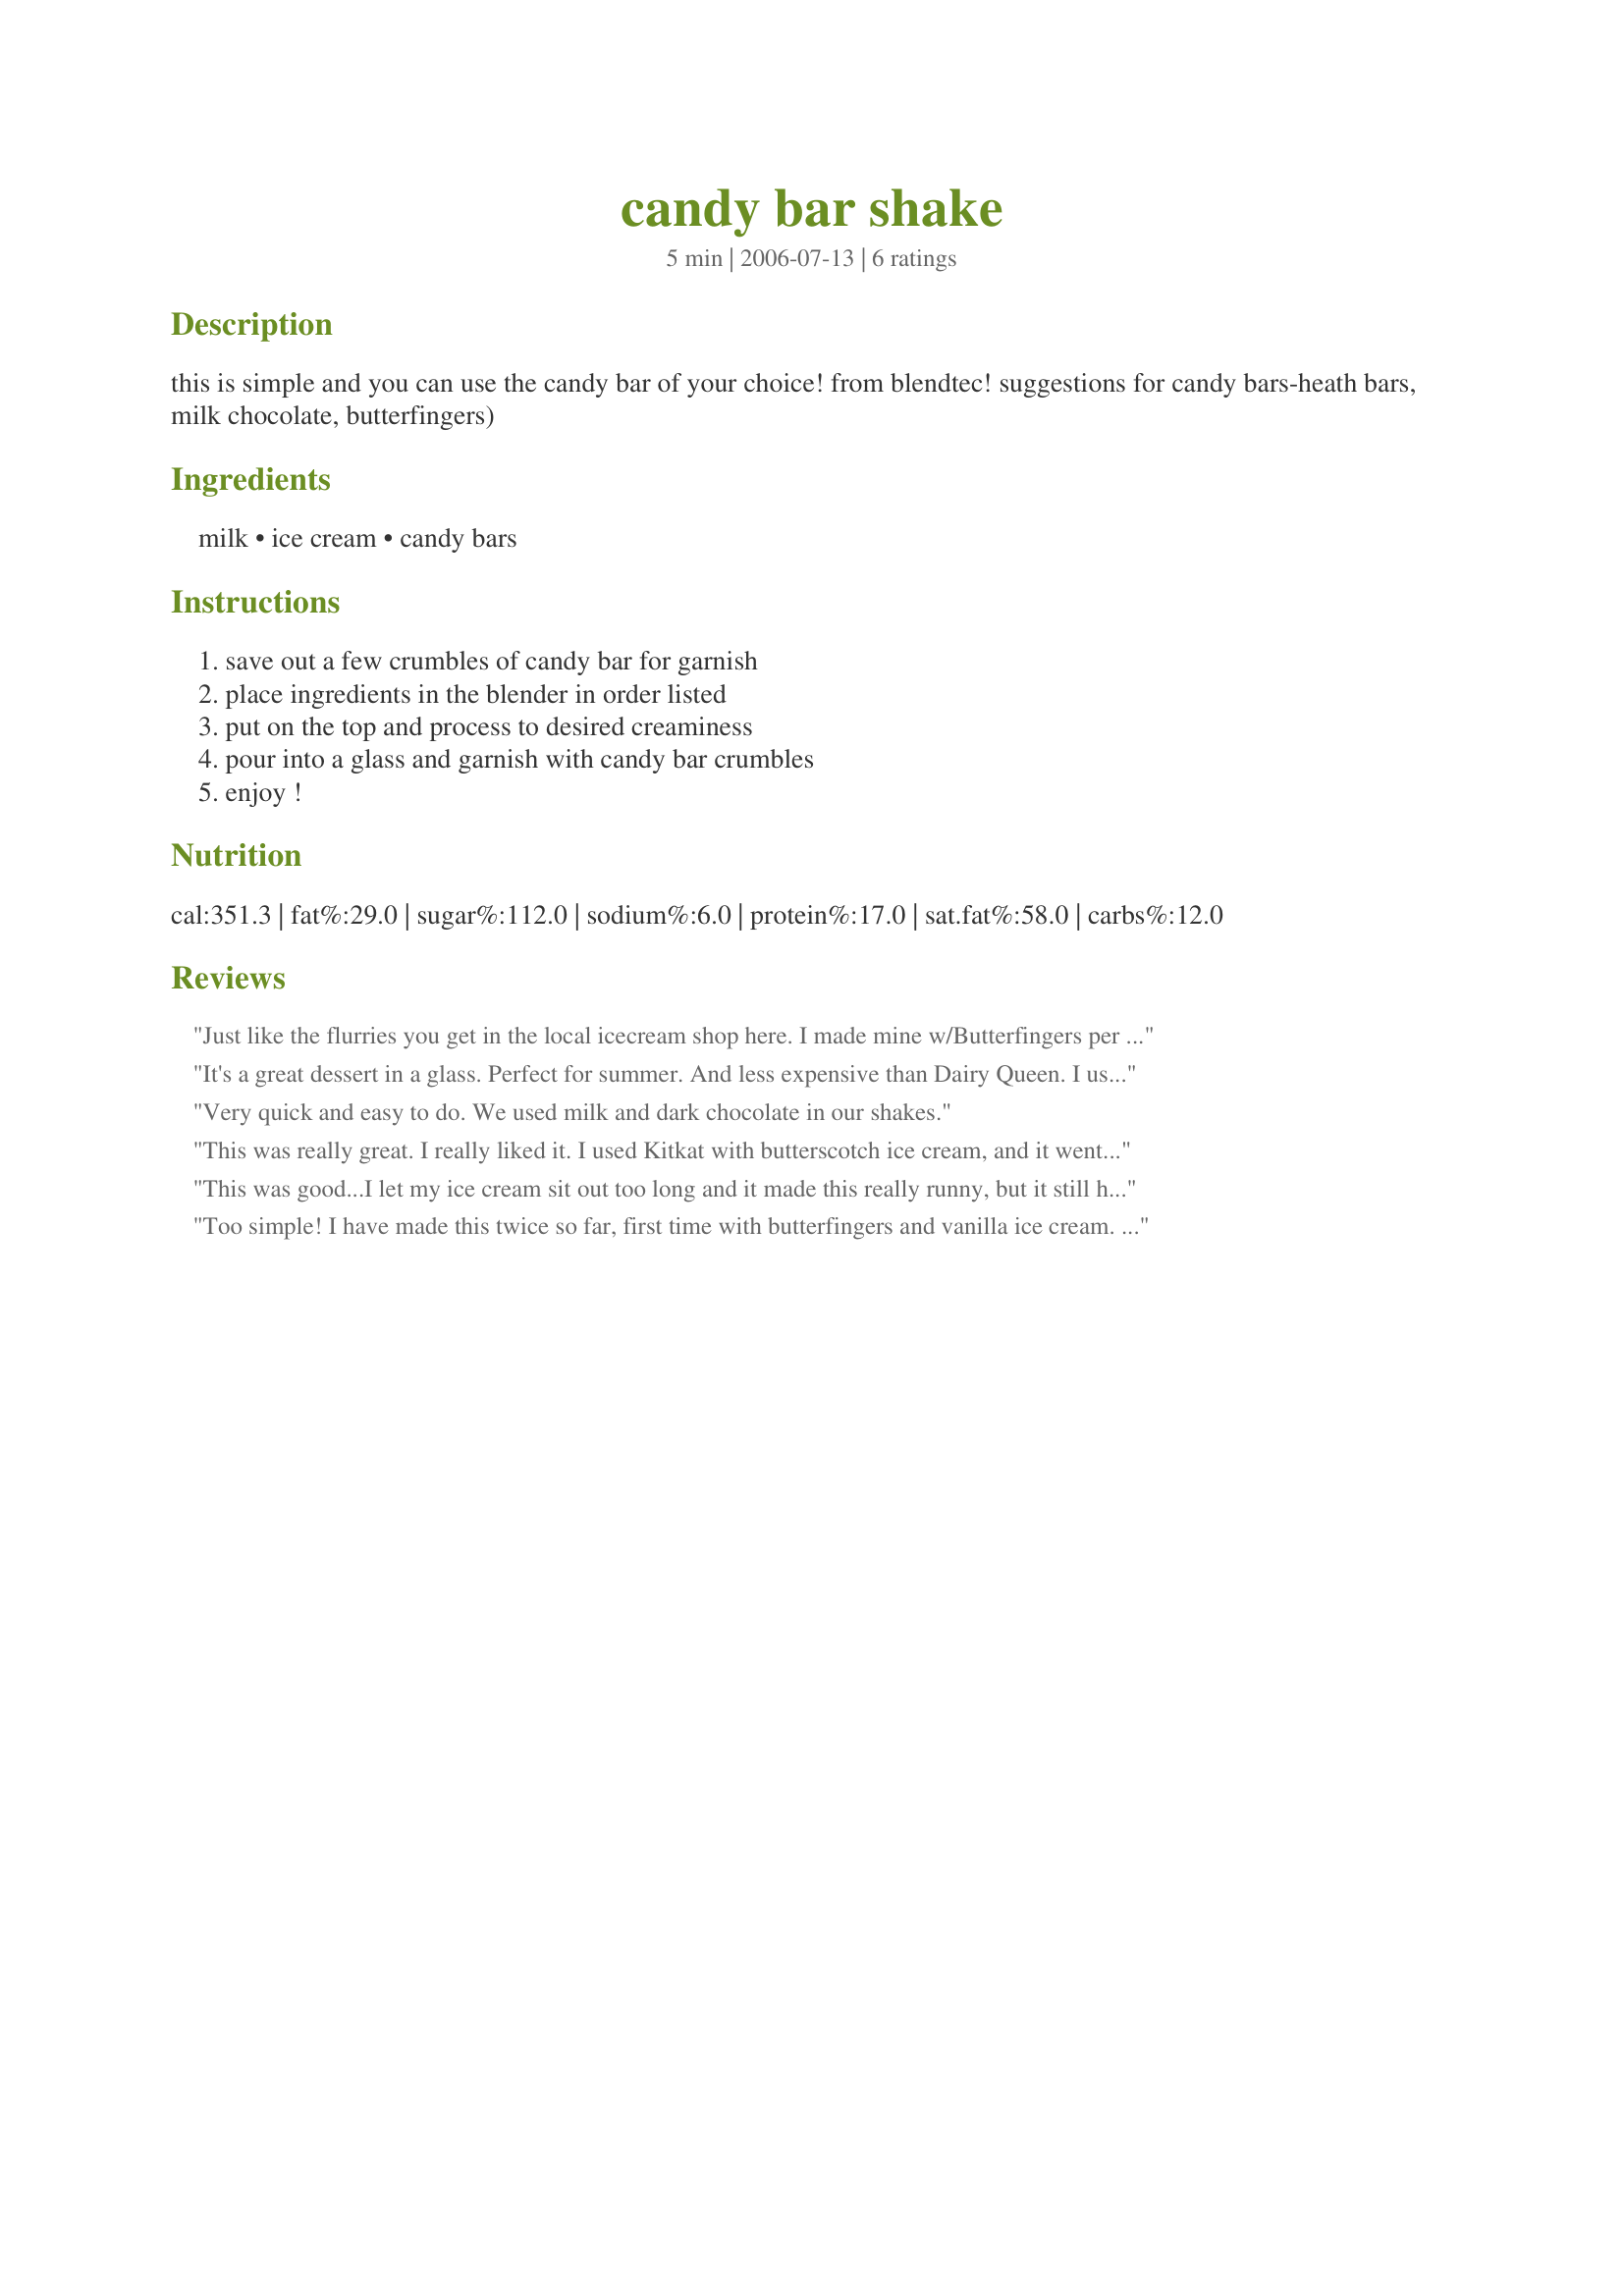
candy bar shake
Preparation time: 5 minutes

this is simple and you can use the candy bar of your choice! from blendtec! suggestions for candy bars-heath bars, milk chocolate, butterfingers)

Ingredients:
milk, ice cream, candy bars

Steps:
save out a few crumbles of candy bar for garnish, place ingredients in the blender in order listed, put on the top and process to desired creaminess, pour into a glass and garnish with candy bar crumbles, enjoy !

Reviews:
Just like the flurries you get in the local icecream shop here. I made mine w/Butterfingers per DS#3's request. How simple is that?
It's a great dessert in a glass. Perfect for summer. And less expensive than Dairy Queen. I used Whoppers (malted milk chocolate). It was good but too sweet. Next time I'll try butterfingers or another one. I'll blend the milk and ice cream first then add the candy bars and give a few pulses. Thanks Sharon :) Made for Beverage tag game.
Very quick and easy to do. We used milk and dark chocolate in our shakes.
This was really great. I really liked it. I used Kitkat with butterscotch ice cream, and it went really well together. Next time I'll try something different.
This was good...I let my ice cream sit out too long and it made this really runny, but it still had a good taste! We used plain M&M's and tripled this for the 3 of us. Thanks for posting!
Too simple! I have made this twice so far, first time with butterfingers and vanilla ice cream. Second time I used a couple of frozen peppermint patties, french vanilla and a drizzle of green creme de menthe. Both times I used my stick blender in a tall glass....saves washing dishes! These also saved me a trip to the local ice cream stand to get a flurry/blizzard type shake! Thanks Sharon!
